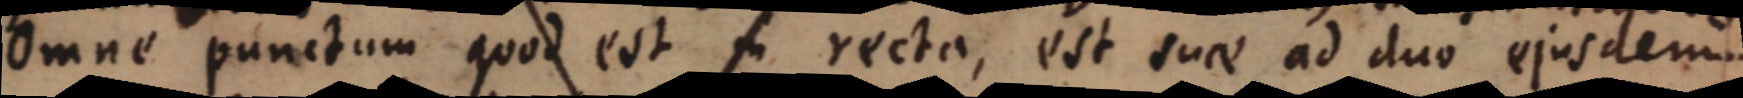
Omne punctum quod est in recta, est suae ad duo ejusdem